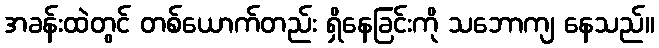
အခန်းထဲတွင် တစ်ယောက်တည်း ရှိနေခြင်းကို သဘောကျ နေသည်။